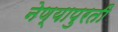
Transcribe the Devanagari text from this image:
नेण्यापुरती